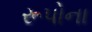
રૂપોના